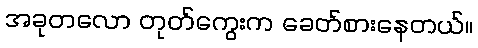
အခုတလော တုတ်ကွေးက ခေတ်စားနေတယ်။